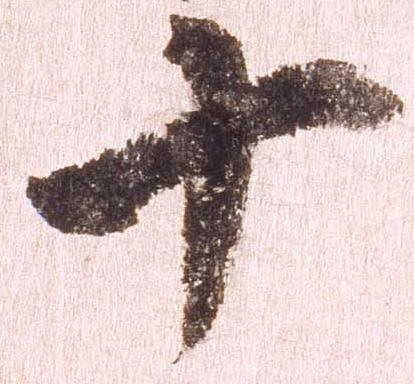
十